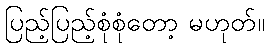
ပြည့်ပြည့်စုံစုံတော့ မဟုတ်။